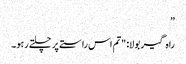
”
راہ گیر بولا: "تم اس راستے پر چلتے رہو۔